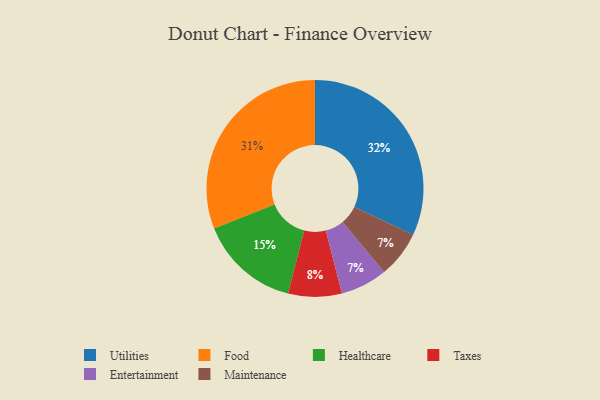
{"axis": {"x": "Category", "y": "Percentage"}, "legend": ["Entertainment", "Food", "Healthcare", "Maintenance", "Taxes", "Utilities"], "data": [{"x": "Utilities", "y": 32, "type": "Utilities"}, {"x": "Healthcare", "y": 15, "type": "Healthcare"}, {"x": "Entertainment", "y": 7, "type": "Entertainment"}, {"x": "Food", "y": 31, "type": "Food"}, {"x": "Maintenance", "y": 7, "type": "Maintenance"}, {"x": "Taxes", "y": 8, "type": "Taxes"}]}